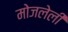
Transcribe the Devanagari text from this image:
मोजलेली